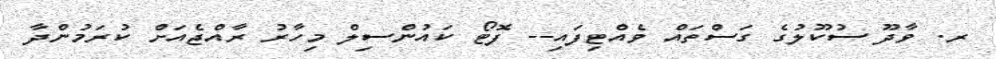
ރ. ވާދޫ ސުކޫލުގެ ގަސްތައް ވެއްޓިފައި-- ފޮޓޯ ކައުންސިލް މިހާރު ރާއްޖެއަށް ކުރަމުންދާ